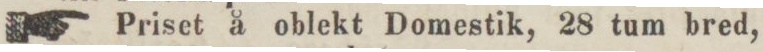
Priset å oblekt Domestik, 28 tum bred,